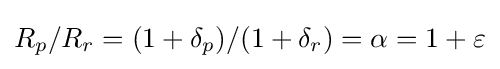
R_{p}/R_{r}=(1+\delta _{p})/(1+\delta _{r})=\alpha =1+\varepsilon